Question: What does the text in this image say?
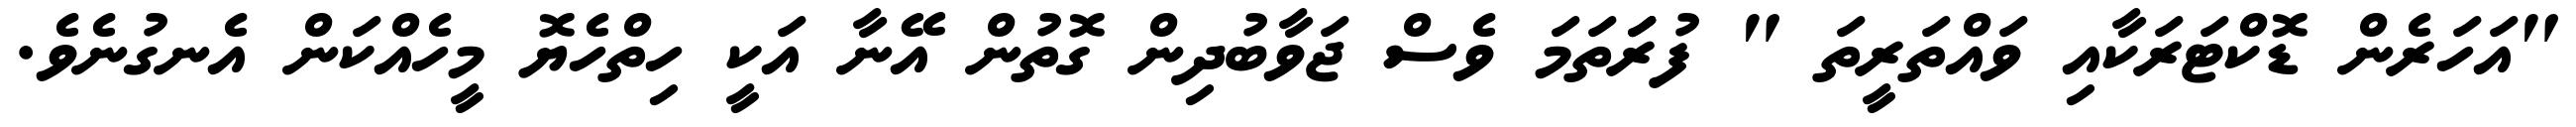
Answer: "އަހަރެން ޑޮކްޓަރަކާއި ވައްތަރީތަ " ފުރަަތަމަ ވެސް ޖަވާބުދިން ގޮތުން އޭނާ އަކީ ހިތްހެޔޮ މީހެއްކަން އެނގުނެވެ.